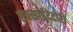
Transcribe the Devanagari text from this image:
एक्साईटेटोरी